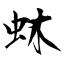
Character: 蚞